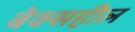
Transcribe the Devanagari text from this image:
बेक्सहील